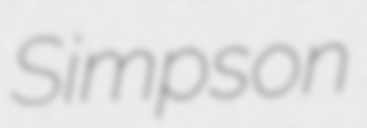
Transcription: Simpson